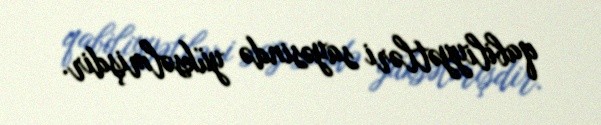
qabiliyyətləri sayəsində yüksəlmişdir.